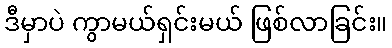
ဒီမှာပဲ ကွာမယ်ရှင်းမယ် ဖြစ်လာခြင်း။